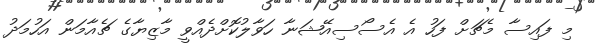
މި ފައިސާ މެޗަށް ފަހު އެ އެސޯސިއޭޝަނާ ހަވާލުކޮށްދެއްވީ މާޒިޔާގެ ޗެއާމަން އަހުމަދު